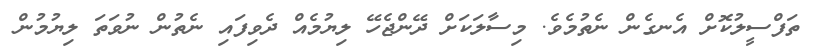
ތަފްސީލުކޮށް އެނގެން ނެތުމެވެ. މިސާލަކަށް ދޭންޖެހޭ ލިޔުމެއް ދެވިފައި ނެތުން ނުވަތަ ލިޔުމުން